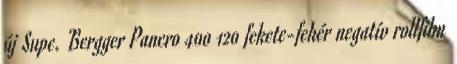
új Supe. Bergger Pancro 400 120 fekete-fehér negatív rollfilm